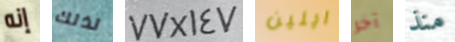
إنه لذلك 77X147 ايلين آخر منذ